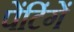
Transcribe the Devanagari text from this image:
पेंटिंगें